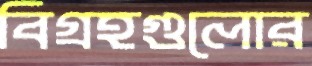
বিগ্রহগুলোর